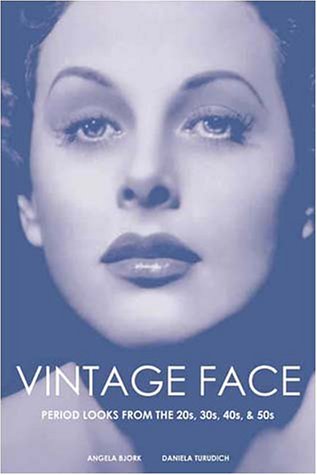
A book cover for Vintage Face: Period Looks from the 20s, 30s, 40s, & 50s; Angela Bjork; Health, Fitness & Dieting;